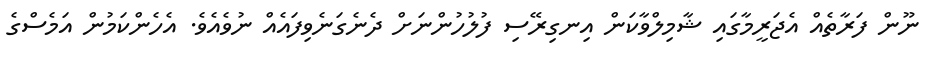
ނޫން ފަރާތެއް އެޖަރީމާގައި ޝާމިލްވާކަން އިނގިރޭސި ފުލުހުންނަށް ދެނެގަނެވިފައެއް ނުވެއެވެ. އެހެންކަމުން އަމެސްގެ